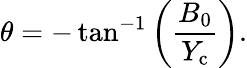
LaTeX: \theta=-\tan^{-1}\left(\frac{B_{0}}{Y_{\mathrm{c}}}\right).